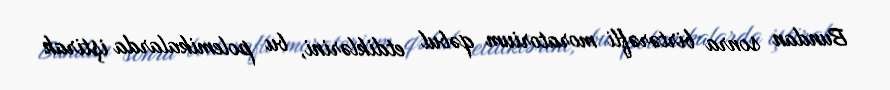
Bundan sonra birtərəfli moratorium qəbul etdiklərini, bu polemikalarda iştirak